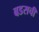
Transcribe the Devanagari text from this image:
बडसची